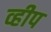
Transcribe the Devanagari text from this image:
व्हीप